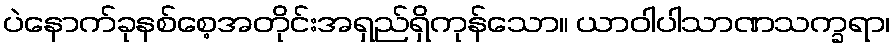
ပဲနောက်ခုနစ်စေ့အတိုင်းအရှည်ရှိကုန်သော။ ယာဝါပါသာဏသက္ခရာ၊